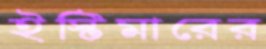
ইস্টিমারের